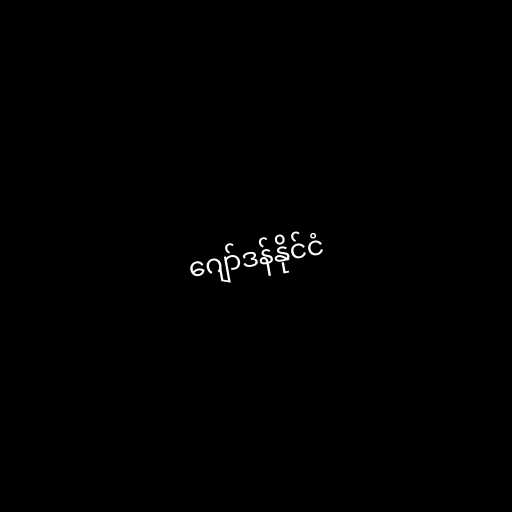
ဂျော်ဒန်နိုင်ငံ